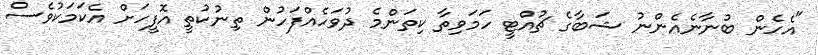
"އެހެން ބުނާނެއެންނު ޝަބާގެ ޗުއްޓީ ހަމަވިތާ ކިތަންމެ ދުވަހެއްފަހުން ތިނުކުތީ އޮފީހަށް އެކަމަކުވެސް